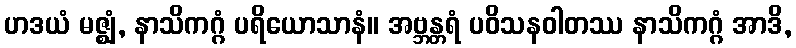
ဟဒယံ မဇ္ဈံ, နာသိကဂ္ဂံ ပရိယောသာနံ။ အဗ္ဘန္တရံ ပဝိသနဝါတဿ နာသိကဂ္ဂံ အာဒိ,